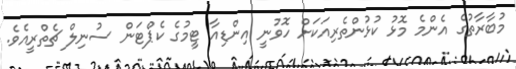
މުބާރާތުގެ އެންމެ މޮޅު ކުޅުންތެރިއަކަށް ހޮވުނީ އިންޑިއާ ޓީމުގެ ކެޕްޓަން ސުނިލް ޗެތްރީއެވެ.